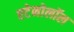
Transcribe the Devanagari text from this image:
एटेनोलॉल